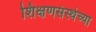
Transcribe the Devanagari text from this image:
शिक्षणसंस्थेच्या